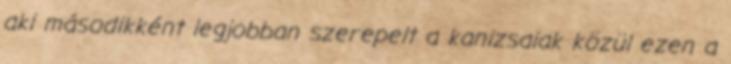
aki másodikként legjobban szerepelt a kanizsaiak közül ezen a